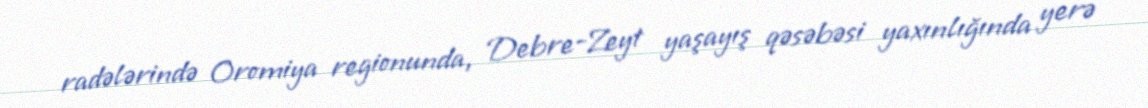
radələrində Oromiya regionunda, Debre-Zeyt yaşayış qəsəbəsi yaxınlığında yerə